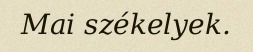
Mai székelyek.